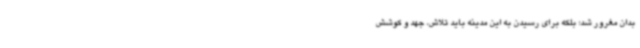
بدان مغرور شد؛ بلکه برای رسیدن به این مدینه باید تلاش، جهد و کوشش